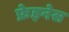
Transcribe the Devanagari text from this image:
फ़ेइनेस